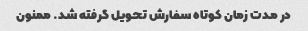
در مدت زمان کوتاه سفارش تحویل گرفته شد. ممنون